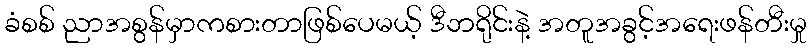
ခံစစ် ညာအစွန်မှာကစားတာဖြစ်ပေမယ့် ဒီဘရိုင်းနဲ့ အတူအခွင့်အရေးဖန်တီးမှု